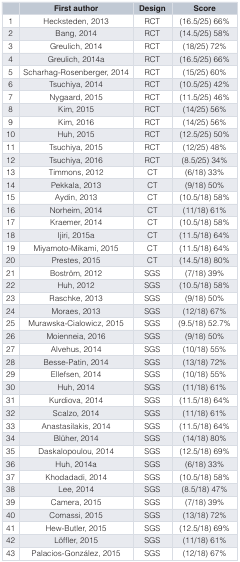
<table><thead><tr><td></td><td><b>First author</b></td><td><b>Design</b></td><td><b>Score</b></td></tr></thead><tbody><tr><td>1</td><td>Hecksteden, 2013</td><td>RCT</td><td>(16.5/25) 66%</td></tr><tr><td>2</td><td>Bang, 2014</td><td>RCT</td><td>(14.5/25) 58%</td></tr><tr><td>3</td><td>Greulich, 2014</td><td>RCT</td><td>(18/25) 72%</td></tr><tr><td>4</td><td>Greulich, 2014a</td><td>RCT</td><td>(16.5/25) 66%</td></tr><tr><td>5</td><td>Scharhag-Rosenberger, 2014</td><td>RCT</td><td>(15/25) 60%</td></tr><tr><td>6</td><td>Tsuchiya, 2014</td><td>RCT</td><td>(10.5/25) 42%</td></tr><tr><td>7</td><td>Nygaard, 2015</td><td>RCT</td><td>(11.5/25) 46%</td></tr><tr><td>8</td><td>Kim, 2015</td><td>RCT</td><td>(14/25) 56%</td></tr><tr><td>9</td><td>Kim, 2016</td><td>RCT</td><td>(14/25) 56%</td></tr><tr><td>10</td><td>Huh, 2015</td><td>RCT</td><td>(12.5/25) 50%</td></tr><tr><td>11</td><td>Tsuchiya, 2015</td><td>RCT</td><td>(12/25) 48%</td></tr><tr><td>12</td><td>Tsuchiya, 2016</td><td>RCT</td><td>(8.5/25) 34%</td></tr><tr><td>13</td><td>Timmons, 2012</td><td>CT</td><td>(6/18) 33%</td></tr><tr><td>14</td><td>Pekkala, 2013</td><td>CT</td><td>(9/18) 50%</td></tr><tr><td>15</td><td>Aydin, 2013</td><td>CT</td><td>(10.5/18) 58%</td></tr><tr><td>16</td><td>Norheim, 2014</td><td>CT</td><td>(11/18) 61%</td></tr><tr><td>17</td><td>Kraemer, 2014</td><td>CT</td><td>(10.5/18) 58%</td></tr><tr><td>18</td><td>Ijiri, 2015a</td><td>CT</td><td>(11.5/18) 64%</td></tr><tr><td>19</td><td>Miyamoto-Mikami, 2015</td><td>CT</td><td>(11.5/18) 64%</td></tr><tr><td>20</td><td>Prestes, 2015</td><td>CT</td><td>(14.5/18) 80%</td></tr><tr><td>21</td><td>Boström, 2012</td><td>SGS</td><td>(7/18) 39%</td></tr><tr><td>22</td><td>Huh, 2012</td><td>SGS</td><td>(10.5/18) 58%</td></tr><tr><td>23</td><td>Raschke, 2013</td><td>SGS</td><td>(9/18) 50%</td></tr><tr><td>24</td><td>Moraes, 2013</td><td>SGS</td><td>(12/18) 67%</td></tr><tr><td>25</td><td>Murawska-Cialowicz, 2015</td><td>SGS</td><td>(9.5/18) 52.7%</td></tr><tr><td>26</td><td>Moienneia, 2016</td><td>SGS</td><td>(9/18) 50%</td></tr><tr><td>27</td><td>Alvehus, 2014</td><td>SGS</td><td>(10/18) 55%</td></tr><tr><td>28</td><td>Besse-Patin, 2014</td><td>SGS</td><td>(13/18) 72%</td></tr><tr><td>29</td><td>Ellefsen, 2014</td><td>SGS</td><td>(10/18) 55%</td></tr><tr><td>30</td><td>Huh, 2014</td><td>SGS</td><td>(11/18) 61%</td></tr><tr><td>31</td><td>Kurdiova, 2014</td><td>SGS</td><td>(11.5/18) 64%</td></tr><tr><td>32</td><td>Scalzo, 2014</td><td>SGS</td><td>(11/18) 61%</td></tr><tr><td>33</td><td>Anastasilakis, 2014</td><td>SGS</td><td>(11.5/18) 64%</td></tr><tr><td>34</td><td>Blüher, 2014</td><td>SGS</td><td>(14/18) 80%</td></tr><tr><td>35</td><td>Daskalopoulou, 2014</td><td>SGS</td><td>(12.5/18) 69%</td></tr><tr><td>36</td><td>Huh, 2014a</td><td>SGS</td><td>(6/18) 33%</td></tr><tr><td>37</td><td>Khodadadi, 2014</td><td>SGS</td><td>(10.5/18) 58%</td></tr><tr><td>38</td><td>Lee, 2014</td><td>SGS</td><td>(8.5/18) 47%</td></tr><tr><td>39</td><td>Camera, 2015</td><td>SGS</td><td>(7/18) 39%</td></tr><tr><td>40</td><td>Comassi, 2015</td><td>SGS</td><td>(13/18) 72%</td></tr><tr><td>41</td><td>Hew-Butler, 2015</td><td>SGS</td><td>(12.5/18) 69%</td></tr><tr><td>42</td><td>Löffler, 2015</td><td>SGS</td><td>(11/18) 61%</td></tr><tr><td>43</td><td>Palacios-González, 2015</td><td>SGS</td><td>(12/18) 67%</td></tr></tbody></table>